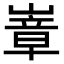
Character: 𭗍